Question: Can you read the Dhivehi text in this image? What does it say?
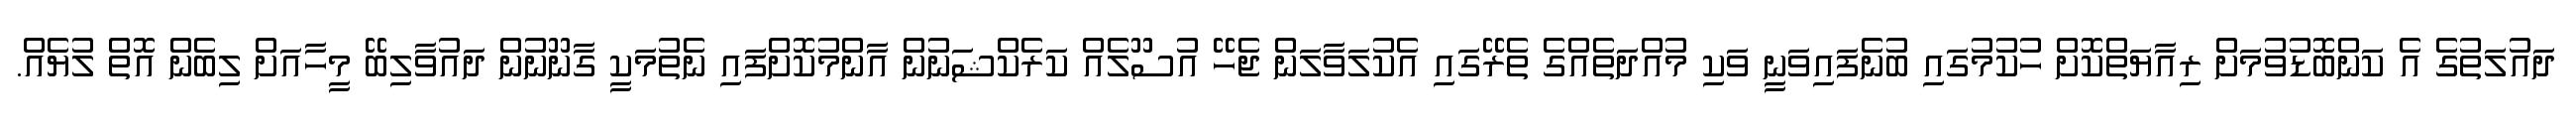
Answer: ދައުލަތުގެ އެ ކަންބޮޑުވުމަށް ރިއާޔަތްކޮށް ހުކުމުގައި ބުނެފައިވަނީ ވަކި މުއްދަތެއްގެ ތެރޭގައި އެކުލަވާލަން ޖެހޭ އުސޫލެއް ކަރެކްޝަނުން އާންމުކޮށްފައި ނެތުމަކީ ގާނޫނުން ދައުވާލިބޭ މީހާއަށް ލިބެން އޮތް ލުޔެއް.